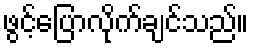
ဖွင့်ပြောလိုက်ချင်သည်။